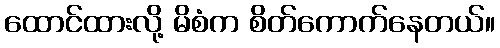
ထောင်ထားလို့ မိစံက စိတ်ကောက်နေတယ်။